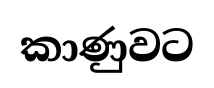
කාණුවට